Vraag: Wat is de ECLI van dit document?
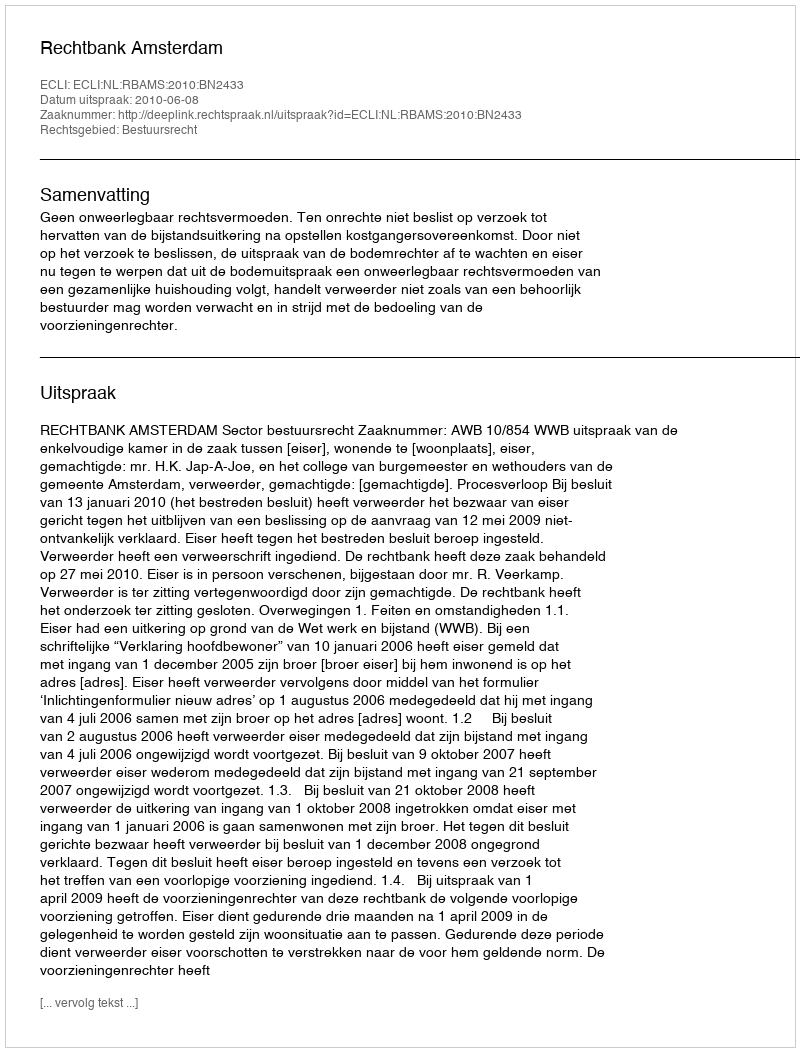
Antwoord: ECLI:NL:RBAMS:2010:BN2433